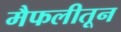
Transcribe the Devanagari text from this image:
मैफलीतून